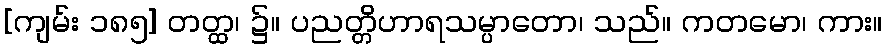
[ကျမ်း ၁၈၅] တတ္ထ၊ ၌။ ပညတ္တိဟာရသမ္ပာတော၊ သည်။ ကတမော၊ ကား။